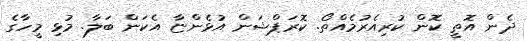
ދެން އޮތީ ކޮން ކުރިއެރުމެއްތޯ. ކޮރަޕްޝަން އުޅެންޏާ އެކަން ބަލާ. މުޅި މީހާގެ